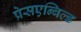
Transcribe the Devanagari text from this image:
प्रेसएन्बिल्ड